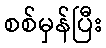
စစ်မှန်ပြီး